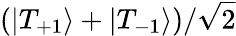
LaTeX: (\vert{T_{+1}}\rangle+\vert{T_{-1}}\rangle)/\sqrt{2}